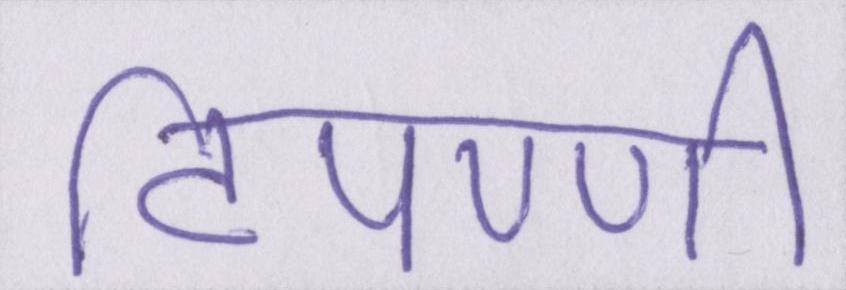
टिपण्णी